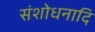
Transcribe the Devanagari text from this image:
संशोधनादि